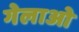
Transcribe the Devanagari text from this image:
गेलाओ